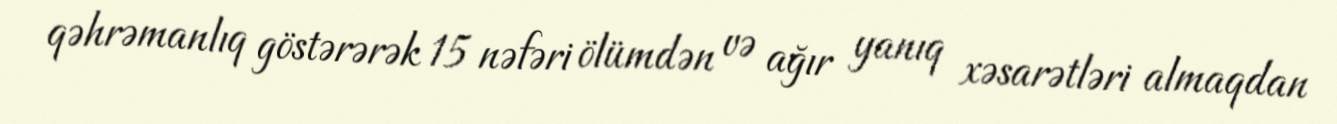
qəhrəmanlıq göstərərək 15 nəfəri ölümdən və ağır yanıq xəsarətləri almaqdan